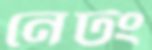
নেটং